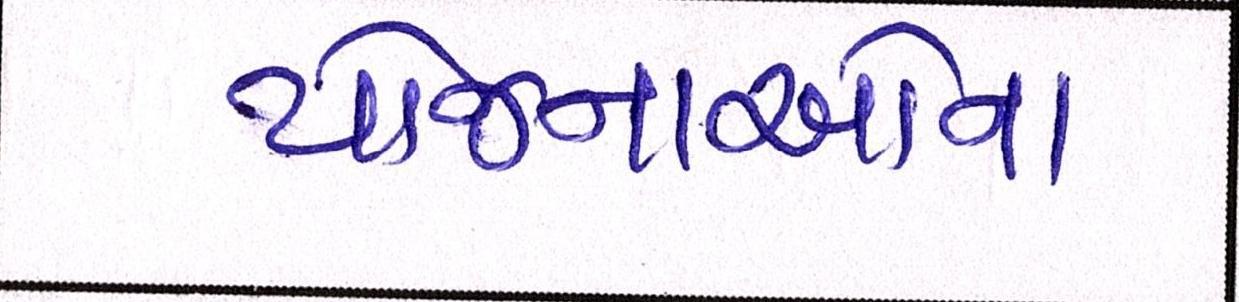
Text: યોજનાઓના